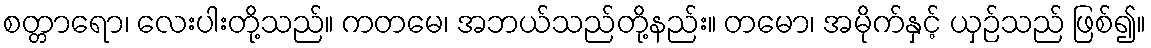
စတ္တာရော၊ လေးပါးတို့သည်။ ကတမေ၊ အဘယ်သည်တို့နည်း။ တမော၊ အမိုက်နှင့် ယှဉ်သည် ဖြစ်၍။